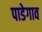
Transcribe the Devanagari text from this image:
पाडेगाव